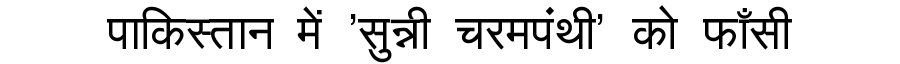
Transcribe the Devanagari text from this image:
पाकिस्तान में 'सुन्नी चरमपंथी' को फाँसी